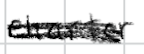
Text: charter
Cross-out: scratch
Writing tool: digital_black